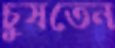
চুষতেন